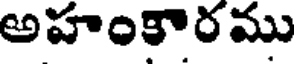
అహంకారము